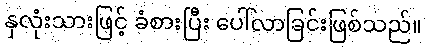
နှလုံးသားဖြင့် ခံစားပြီး ပေါ်လာခြင်းဖြစ်သည်။